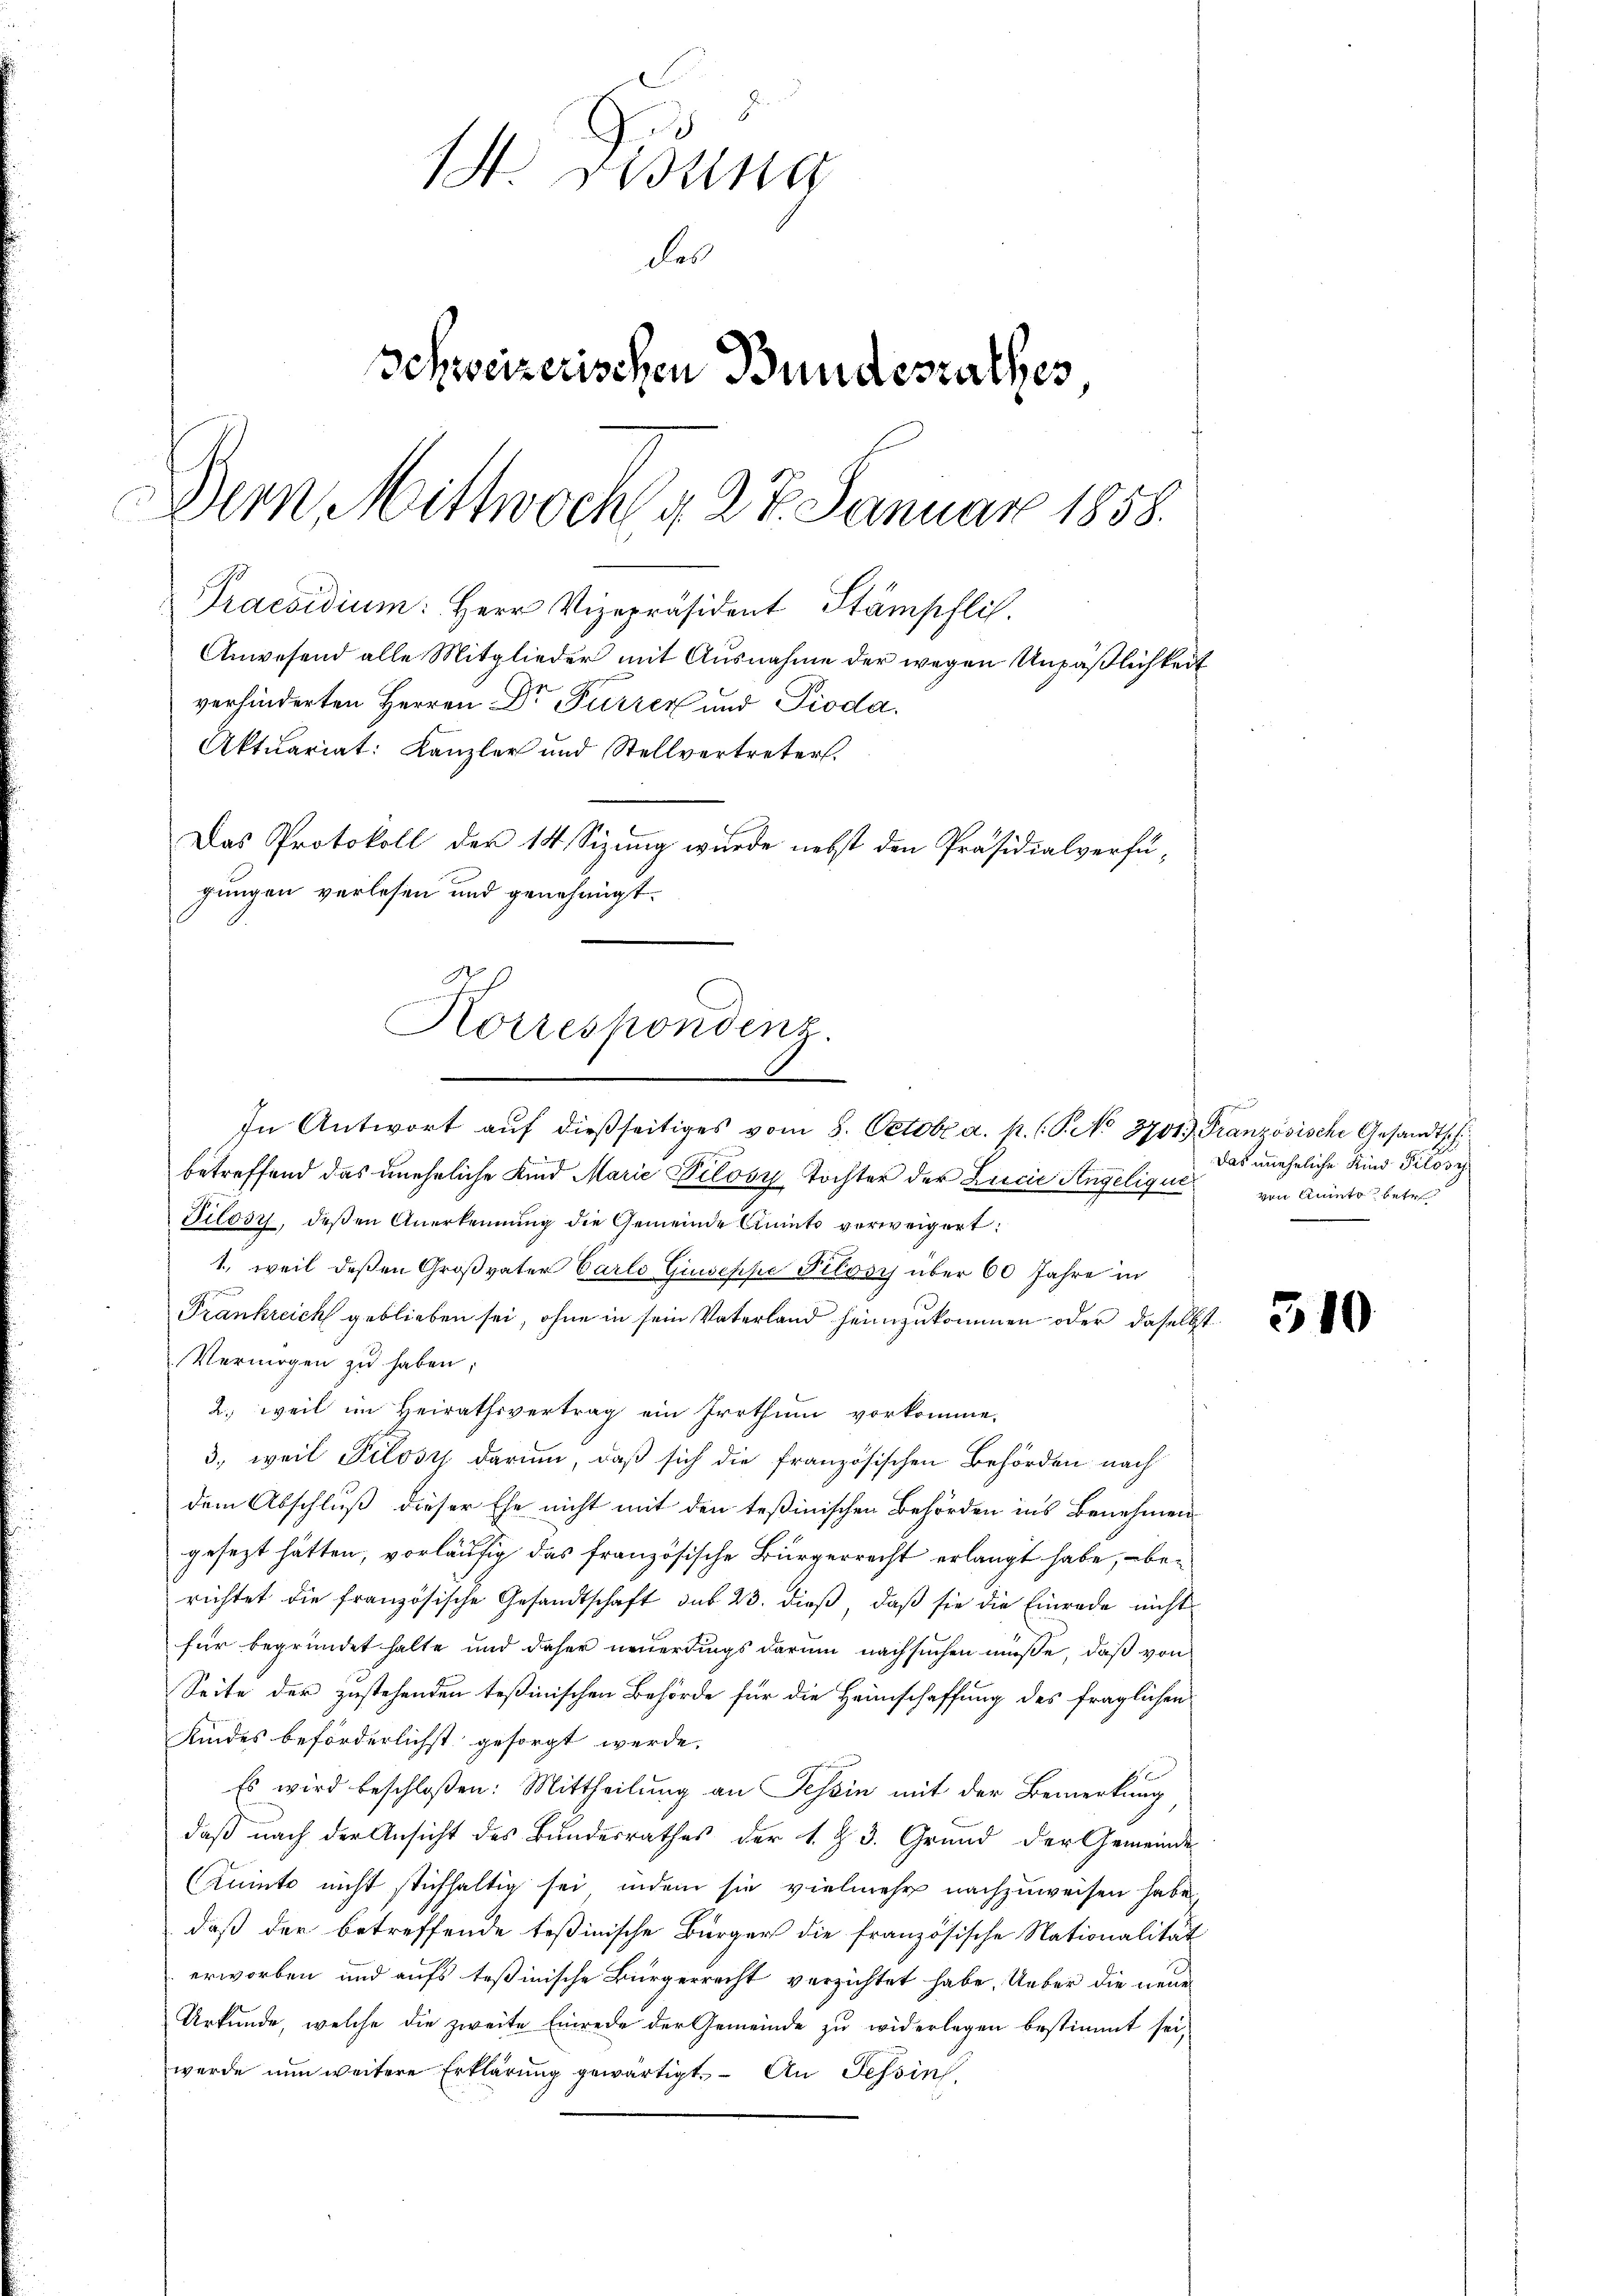
1. Fisung
des
Schweizerischen Bundesrathes,
Der Mittwoch d. 27. Januar 1858.
Praesidium. Herr Vizepräsident Stämpfli
Anwesend alle Mitglieder mit Ausnahme der wegen Unpäßlichkeit
verhinderten Herren Dr Furrer und Pioda.
Aktuariat: Kanzler und Stellvertreter.
Das Protokoll der 14 Sizung wurde nebst den Präsidialverfügungen verlesen und genehmigt.

In Antwort aŭf dießseitiges vom 8. Octobr. a. p. (T. No 3700. Französische Gesandtsch
betreffend das uneheliche Kind Marie Pilosy Tochter der Lucia Angelique
Tilody, deßen Anerkennung die Gemeinde Anito verweigert:
1., weil deßen Großvater Carlo Giuseppe Pilosy über 60 Jahre in
Frankreich geblieben sei, ohne in sein Vaterland heimzukommen oder daselbst
Vermögen zu haben;
2., weil im Heirathsvertrag ein Irrthum vorkomme.
3., weil Pilosz darum, daß sich die französischen Behörden nach
dem Abschluß dieser Ehe nicht mit den Teßinischen Behörden ins Benehmen
gesezt hätten, vorläufig das französische Bürgerrecht erlangt habe, berichtet die französische Gesandtschaft sub 23. dieβ, daβ sie die Einrede nicht
für begründet halte und daher neuerdings darum nachsuchen müße, daß von
Seite der zustehenden Teßinischen Behörde für die Heimschaffung des fraglichen
Kindes beförderlichst gesorgt werde.
Es wird beschloßen: Mittheilung an Tessin mit der Bemerkung
daβ nach der Ansicht des Bundesrathes der s. Z. 3. Grund der Gemeinde
Anmte nicht stichhaltig sei, indem sie vielmehr nachzuweisen habe.
daß der betreffende Teßinische Bürger die französische Nationalität
erworben und aufs Teßinische Bürgerrecht verzichtet habe. Ueber die neue
Urkunde, welche die zweite Einrede der Gemeinde zu widerlegen bestimmt sei,
wurde nun weitere Erklärung gewärtigt. – An Tessin,

Korrespondenz.

Das unehrliche Kind Pilos
von Amieto betr

510